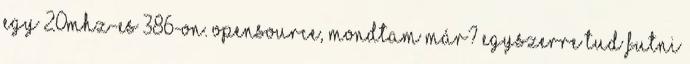
egy 20MHz-es 386-on. opensource, mondtam már? Egyszerre tud futni